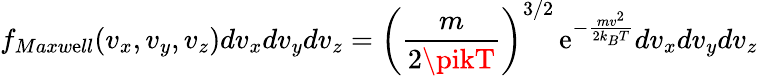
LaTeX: f_{Maxw\mathrm{e}ll}(v_{x},v_{y},v_{z})dv_{x}dv_{y}dv_{z}=\left({\frac{{m}}{{2\pikT}}}\right)^{3/2}\, \mathrm{e}^{-{\frac{{mv^{2}}}{{2k_{B}T}}}}dv_{x}dv_{y}dv_{z}